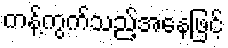
ကန့်ကွက်သည့်အနေဖြင့်